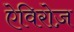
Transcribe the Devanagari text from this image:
ऐविरोज़